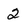
Character: 2